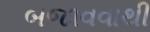
બજાવવાથી